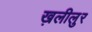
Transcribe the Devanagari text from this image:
ख़लीलुर